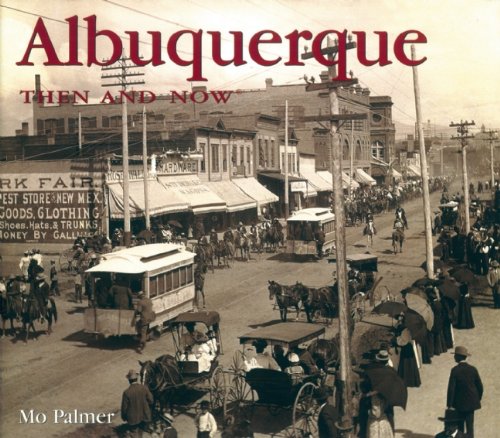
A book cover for Albuquerque Then and Now (Then & Now Thunder Bay); Mo Palmer; Travel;